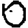
Digit: 0